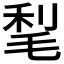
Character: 𣮀